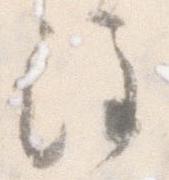
注